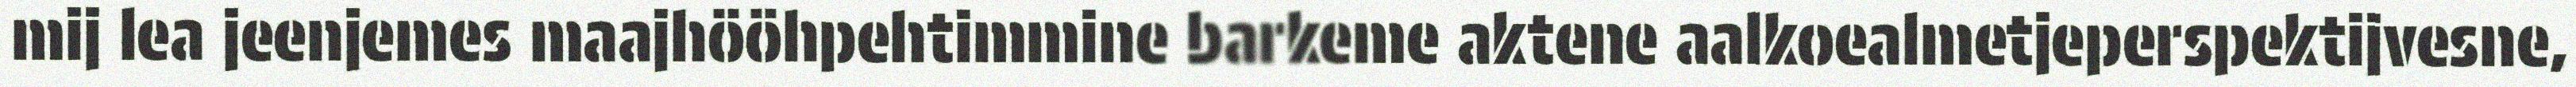
mij lea jeenjemes maajhööhpehtimmine barkeme aktene aalkoealmetjeperspektijvesne,